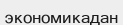
экономикадан